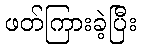
ဖတ်ကြားခဲ့ပြီး